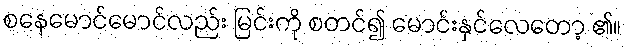
စနေမောင်မောင်လည်း မြင်းကို စတင်၍ မောင်းနှင်လေတော့ ၏။